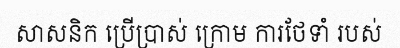
សាសនិក ប្រើប្រាស់ ក្រោម ការថែទាំ របស់